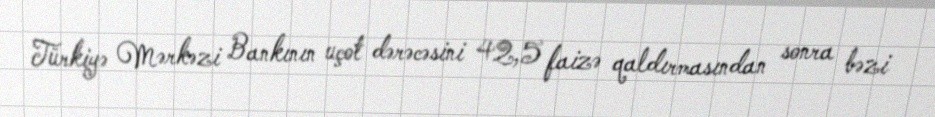
Türkiyə Mərkəzi Bankının uçot dərəcəsini 42,5 faizə qaldırmasından sonra bəzi